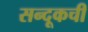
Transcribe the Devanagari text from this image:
सन्दूकची